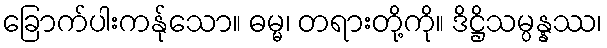
ခြောက်ပါးကန်ုသော။ ဓမ္မ၊ တရားတို့ကို။ ဒိဋ္ဌိသမ္ပန္နဿ၊